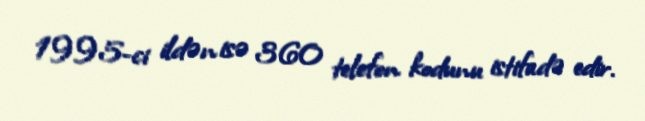
1995-ci ildən isə 360 telefon kodunu istifadə edir.